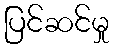
ပြင်ဆင်မှု